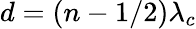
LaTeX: d=(n-1/2)\lambda_{c}